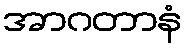
အာဂတာနံ